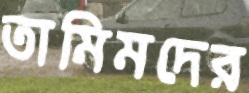
তামিমদের